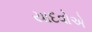
યાદવોએ